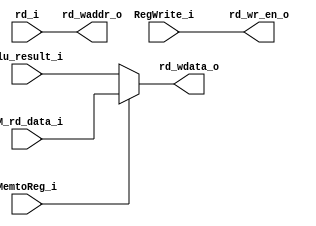
// ********************************************************************************** // 
//---------------------------------------------------------------------
// WB
//---------------------------------------------------------------------
module write_back (
    //from MEM

    input  wire        [  31:0]         DM_rd_data_i               ,
    input  wire        [  31:0]         alu_result_i               ,//calculate
    //WB ctrl
    input  wire                         RegWrite_i                 ,
    input  wire                         MemtoReg_i                 ,
    input  wire        [   4:0]         rd_i                       ,

    output wire        [  31:0]         rd_wdata_o                 ,
    output wire                         rd_wr_en_o                 ,
    output wire        [   4:0]         rd_waddr_o                  
);
    
assign rd_wdata_o = (MemtoReg_i)? DM_rd_data_i:alu_result_i;
assign rd_wr_en_o = RegWrite_i;
assign rd_waddr_o = rd_i;
endmodule